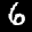
Label: 6